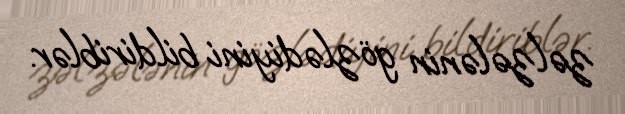
zəlzələnin gözlədiyini bildiriblər.